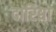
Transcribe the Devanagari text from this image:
दारिद्या